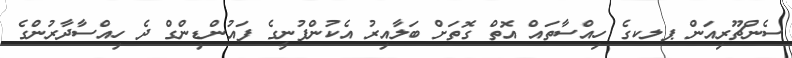
ސެންޗޫރިއަން ޕލކގެ ހިއްސާތައް އޮތް ގޮތަށް ބަލާއިރު އެކުންފުނީގެ ފައުންޑިންގް ދެ ހިއްސާދާރުންގެ